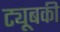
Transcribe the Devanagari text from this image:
ट्यूबकी